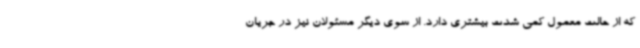
که از حالت معمول کمی شدت بیشتری دارد. از سوی دیگر مسئولان نیز در جریان